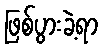
ဖြစ်ပွားခဲ့ရာ